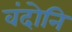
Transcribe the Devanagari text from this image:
वंदोनि